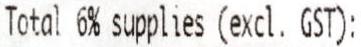
TOTAL 6% SUPPLIES (EXCL. GST):